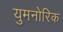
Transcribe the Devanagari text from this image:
युमनोरिक